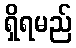
ရှိရမည်